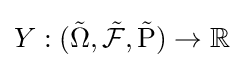
Y:({\tilde {\Omega }},{\tilde {\mathcal {F}}},{\tilde {\operatorname {P} }})\to \mathbb {R}